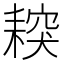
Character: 𦔅